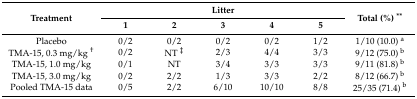
| <ROWSPAN=2> Treatment | <COLSPAN=5> Litter | <ROWSPAN=2> Total (%) ** |
 | 1 | 2 | 3 | 4 | 5 |
 | --- | --- | --- | --- | --- | --- | --- |
 | Placebo | 0/2 | 0/2 | 0/2 | 0/2 | 1/2 | 1/10 (10.0) a |
 | TMA-15, 0.3 mg/kg † | 0/2 | NT ‡ | 2/3 | 4/4 | 3/3 | 9/12 (75.0) b |
 | TMA-15, 1.0 mg/kg | 0/1 | NT | 3/4 | 3/3 | 3/3 | 9/11 (81.8) b |
 | TMA-15, 3.0 mg/kg | 0/2 | 2/2 | 1/3 | 3/3 | 2/2 | 8/12 (66.7) b |
 | Pooled TMA-15 data | 0/5 | 2/2 | 6/10 | 10/10 | 8/8 | 25/35 (71.4) b |